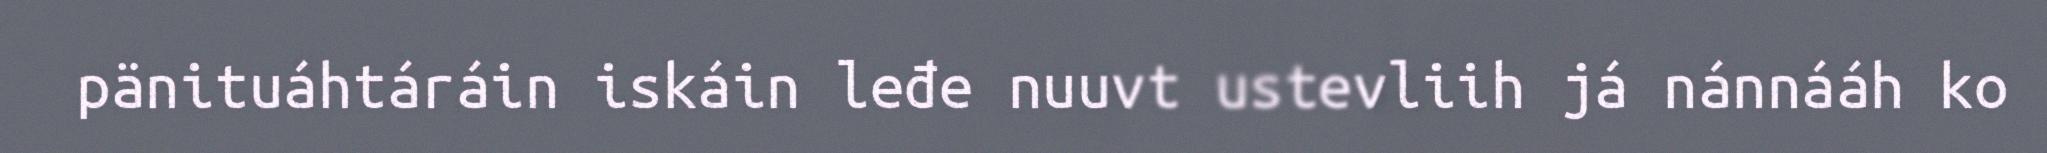
pänituáhtáráin iskáin leđe nuuvt ustevliih já nánnááh ko